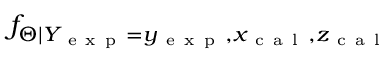
f _ { \Theta | Y _ { \mathrm { ~ e ~ x ~ p ~ } } = y _ { \mathrm { ~ e ~ x ~ p ~ } } , x _ { \mathrm { ~ c ~ a ~ l ~ } } , z _ { \mathrm { ~ c ~ a ~ l ~ } } }